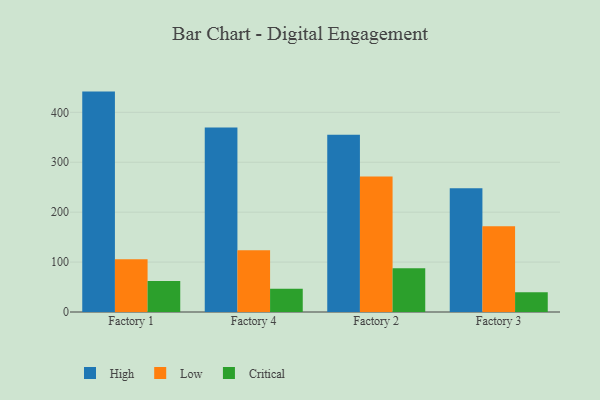
{"axis": {"x": "Factory", "y": "Shipments"}, "legend": ["Critical", "High", "Low"], "data": [{"x": "Factory 1", "y": 441.5, "type": "High"}, {"x": "Factory 1", "y": 105.6, "type": "Low"}, {"x": "Factory 1", "y": 62.0, "type": "Critical"}, {"x": "Factory 4", "y": 369.7, "type": "High"}, {"x": "Factory 4", "y": 123.7, "type": "Low"}, {"x": "Factory 4", "y": 46.5, "type": "Critical"}, {"x": "Factory 2", "y": 355.1, "type": "High"}, {"x": "Factory 2", "y": 271.4, "type": "Low"}, {"x": "Factory 2", "y": 87.5, "type": "Critical"}, {"x": "Factory 3", "y": 247.8, "type": "High"}, {"x": "Factory 3", "y": 172.0, "type": "Low"}, {"x": "Factory 3", "y": 39.4, "type": "Critical"}]}